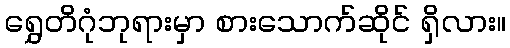
ရွှေတိဂုံဘုရားမှာ စားသောက်ဆိုင် ရှိလား။